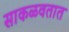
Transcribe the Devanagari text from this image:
साकळवतात